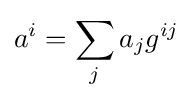
a^{i}=\sum _{j}a_{j}g^{ij}